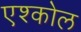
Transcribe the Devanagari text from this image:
एश्कोल